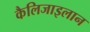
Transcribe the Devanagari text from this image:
कैलिजाइलान